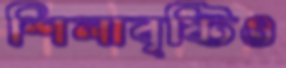
শিলাবৃষ্টিও